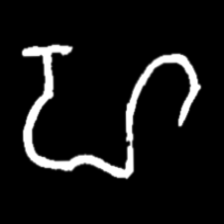
Pyu character \u2014 Myanmar letter: ဟ (romanized: ha)